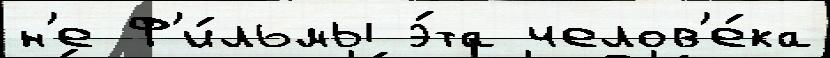
н'е Ф'и́льмы э́та челов'е́ка